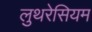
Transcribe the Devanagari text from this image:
लुथरेसियम